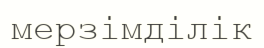
мерзімділік